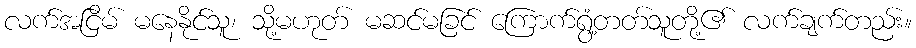
လက်အငြိမ် မနေနိုင်သူ၊ သို့မဟုတ် မဆင်မခြင် ကြောက်ရွံ့တတ်သူတို့၏ လက်ချက်တည်း။